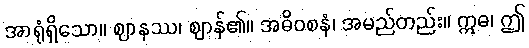
အာရုံရှိသော။ ဈာနဿ၊ ဈာန်၏။ အဓိဝစနံ၊ အမည်တည်း။ ဣဓ၊ ဤ